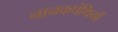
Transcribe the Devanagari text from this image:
नानकपंथियों